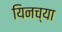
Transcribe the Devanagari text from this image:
यिनच्या